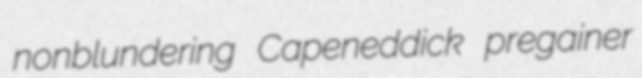
nonblundering Capeneddick pregainer